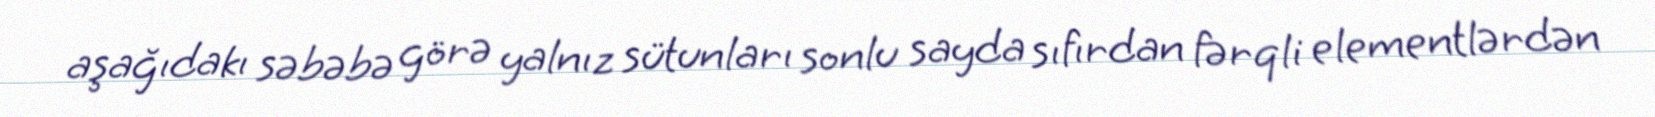
aşağıdakı səbəbə görə yalnız sütunları sonlu sayda sıfırdan fərqli elementlərdən